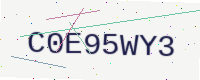
Text: C0E95WY3